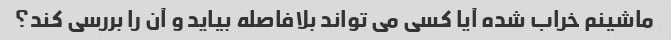
ماشینم خراب شده آیا کسی می تواند بلافاصله بیاید و آن را بررسی کند؟